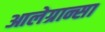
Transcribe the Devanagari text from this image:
आलेग्रान्सा